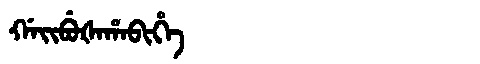
Manchu: ᡤᠠᡳᠪᡠᡧᠠᡥᠠᠪᡳᡥᡝ
Romanization: GAIBUŠAHABIHE